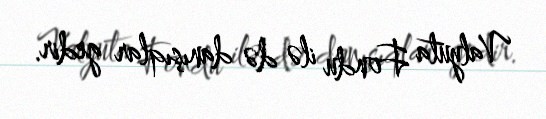
Valyuta Fondu ilə də danışıqlar gedir.